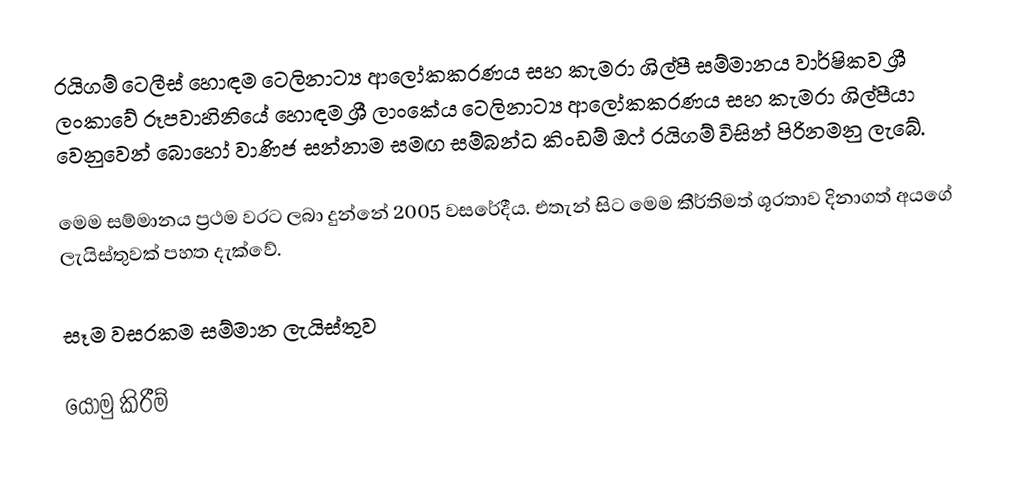
රයිගම් ටෙලීස් හොඳම ටෙලිනාට්‍ය ආලෝකකරණය සහ කැමරා ශිල්පී සම්මානය වාර්ෂිකව ශ්‍රී ලංකාවේ රූපවාහිනියේ හොඳම ශ්‍රී ලාංකේය ටෙලිනාට්‍ය ආලෝකකරණය සහ කැමරා ශිල්පීයා වෙනුවෙන් බොහෝ වාණිජ සන්නාම සමඟ සම්බන්ධ කිංඩම් ඔෆ් රයිගම් විසින් පිරිනමනු ලැබේ.

මෙම සම්මානය ප්‍රථම වරට ලබා දුන්නේ 2005 වසරේදීය. එතැන් සිට මෙම කීර්තිමත් ශූරතාව දිනාගත් අයගේ ලැයිස්තුවක් පහත දැක්වේ.

සෑම වසරකම සම්මාන ලැයිස්තුව

යොමු කිරීම්